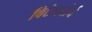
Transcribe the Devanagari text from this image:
विटेनबोर्न